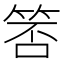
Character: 𬕃